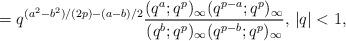
LaTeX: \begin{align*}=q^{(a^2-b^2)/(2p)-(a-b)/2}\frac{(q^a;q^p)_{\infty}(q^{p-a};q^p)_{\infty}}{(q^b;q^p)_{\infty}(q^{p-b};q^p)_{\infty}}\textrm{, }|q|<1,\end{align*}